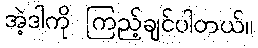
အဲ့ဒါကို ကြည့်ချင်ပါတယ်။